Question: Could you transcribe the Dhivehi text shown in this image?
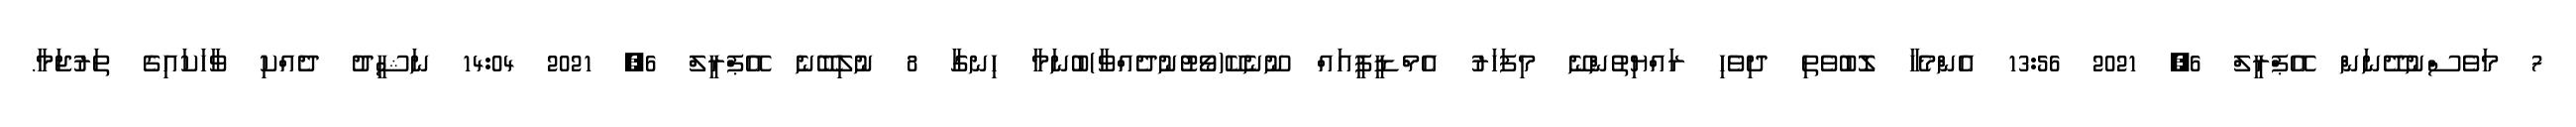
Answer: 7 މަވެސްނުދޭނަން އޭޕްރީލް 6, 2021 13:56 އެންމެހާ ލޮބުވެތި ދިވެހި ރައްޔިތުންނޭ މިފަހަރު އެމްޑީޕީއައް ނޫނެކޭ(ވޯޓުނުދެއްވާ)ބުނަމާ ހިނގާ 8 ނުލިބޭނެ އޭޕްރީލް 6, 2021 14:04 ނަޝީދު ދެއްކި ވާހަކައިގެ ތަރުޖަމާ.